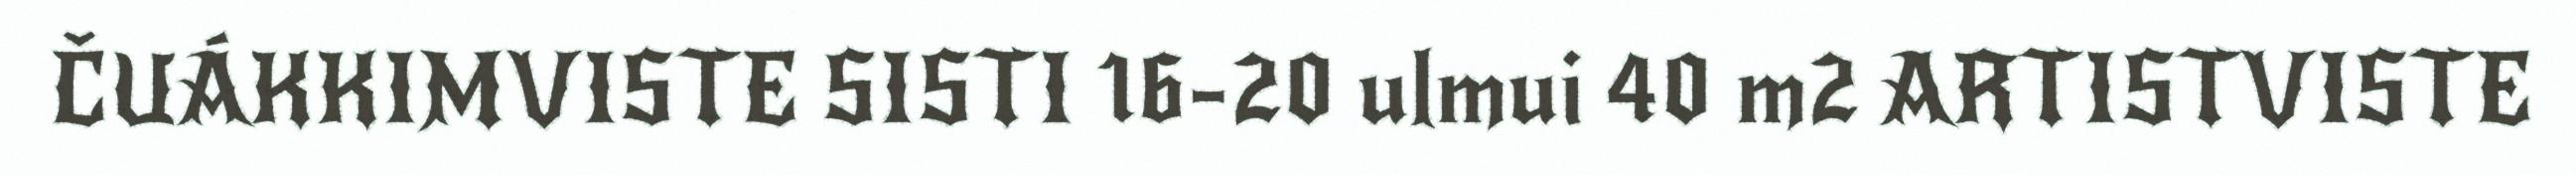
ČUÁKKIMVISTE SISTI 16-20 ulmui 40 m2 ARTISTVISTE